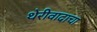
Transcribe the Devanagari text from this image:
थेरीवादाचा